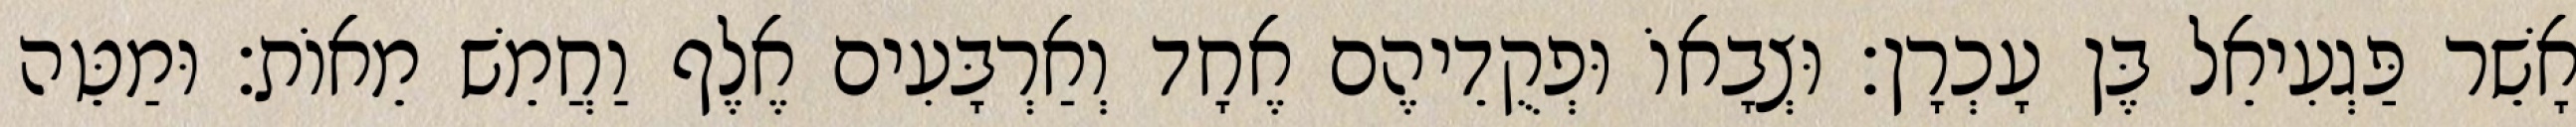
אָשֵׁר פַּגְעִיאֵל בֶּן עָכְרָן׃ וּצְבָאוֹ וּפְקֻדֵיהֶם אֶחָד וְאַרְבָּעִים אֶלֶף וַחֲמֵשׁ מֵאוֹת׃ וּמַטֵּה